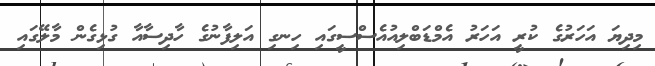
މިދިޔަ އަހަރުގެ ކުރީ އަހަރު އެމްޑަބްލިއުއެސްސީގައި ހިނގި އަލިފާނުގެ ހާދިސާއާ ގުޅިގެން މާލޭގައި